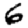
Digit: 6